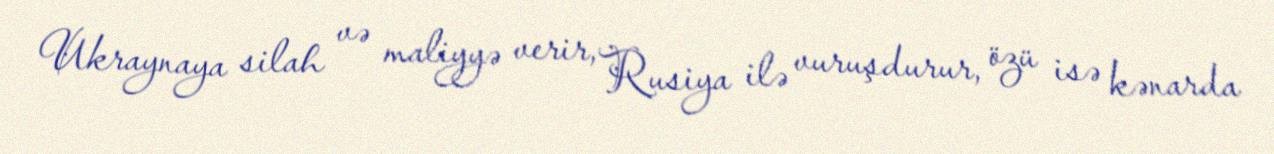
Ukraynaya silah və maliyyə verir, Rusiya ilə vuruşdurur, özü isə kənarda